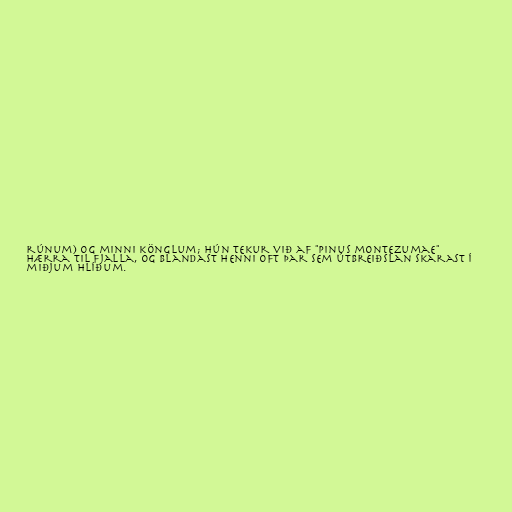
rúnum) og minni könglum; hún tekur við af "Pinus montezumae"
hærra til fjalla, og blandast henni oft þar sem útbreiðslan skarast í
miðjum hlíðum.